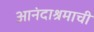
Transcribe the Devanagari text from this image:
आनंदाश्रमाची